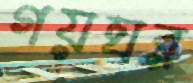
গয়ঘর